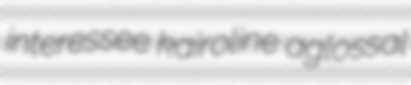
interessee kairoline aglossal